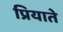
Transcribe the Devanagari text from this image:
प्रियाते